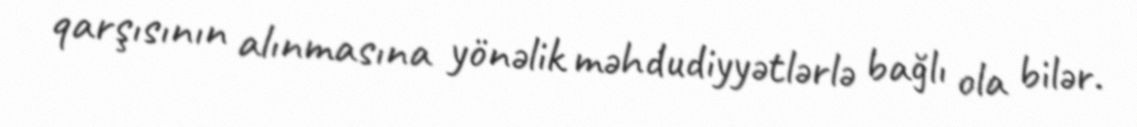
qarşısının alınmasına yönəlik məhdudiyyətlərlə bağlı ola bilər.